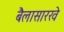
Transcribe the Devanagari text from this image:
बैलासारखे